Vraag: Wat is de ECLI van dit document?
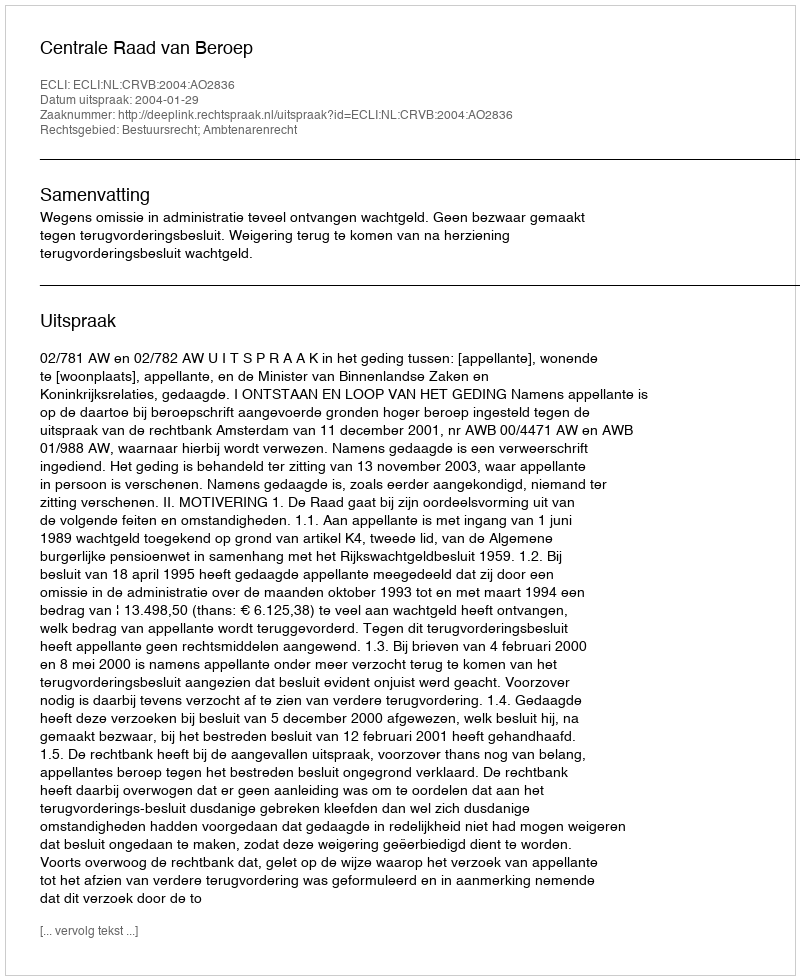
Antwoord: ECLI:NL:CRVB:2004:AO2836